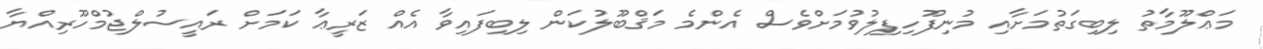
މަޢްލޫމާތު ލިބިގަތުމަށާއި މުނިފޫހިފިލުވުމަށްވެސް އެންމެ މަޤްބޫލުކަން ލިބިފައިވާ އެއް ޒަރީޢާ ކަމަށް ރައީސުލްޖުމްހޫރިއްޔާ